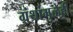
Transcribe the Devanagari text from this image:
ग्रंथांमुळेही